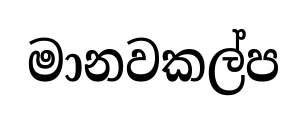
මානවකල්ප